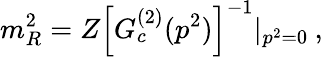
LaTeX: m_{R}^{2}=Z\left[G_{c}^{(2)}(p^{2})\right]^{-1}|_{p^{2}=0}\: ,